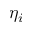
\eta _ { i }